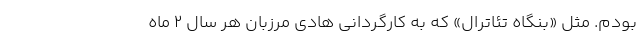
بودم. مثل «بنگاه تئاترال» که به کارگردانی هادی مرزبان هر سال ۲ ماه